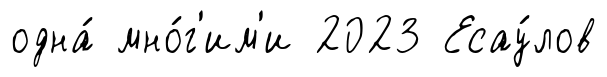
одна́ мно́г'им'и 2023 Есау́лов